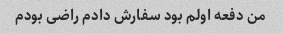
من دفعه اولم بود سفارش دادم راضی بودم